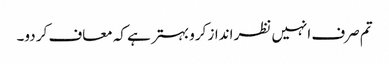
تم صرف انہیں نظر انداز کرو بہتر ہے کہ معاف کر دو۔